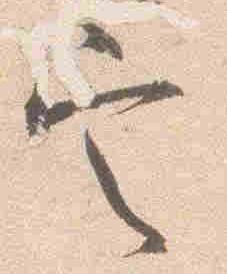
定